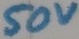
Text: 50V